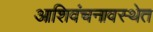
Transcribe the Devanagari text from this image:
आशिवंचनावस्थेत